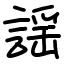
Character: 謡